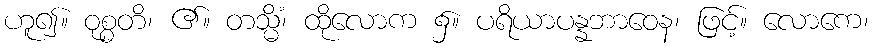
ဟူ၍။ ဝုစ္စတိ၊ ၏။ တသ္မိံ၊ ထိုလောက ၌။ ပရိယာပန္နဘာဝေန၊ ဖြင့်။ လောကေ၊